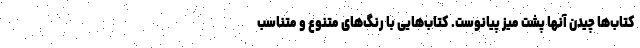
کتاب‌ها چیدن آنها پشت میز پیانوست. کتاب‌هایی با رنگ‌های متنوع و متناسب